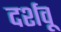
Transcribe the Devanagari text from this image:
दर्शवू